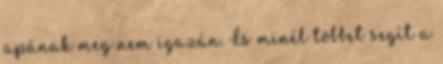
apának meg nem igazán. És minél többet segít a